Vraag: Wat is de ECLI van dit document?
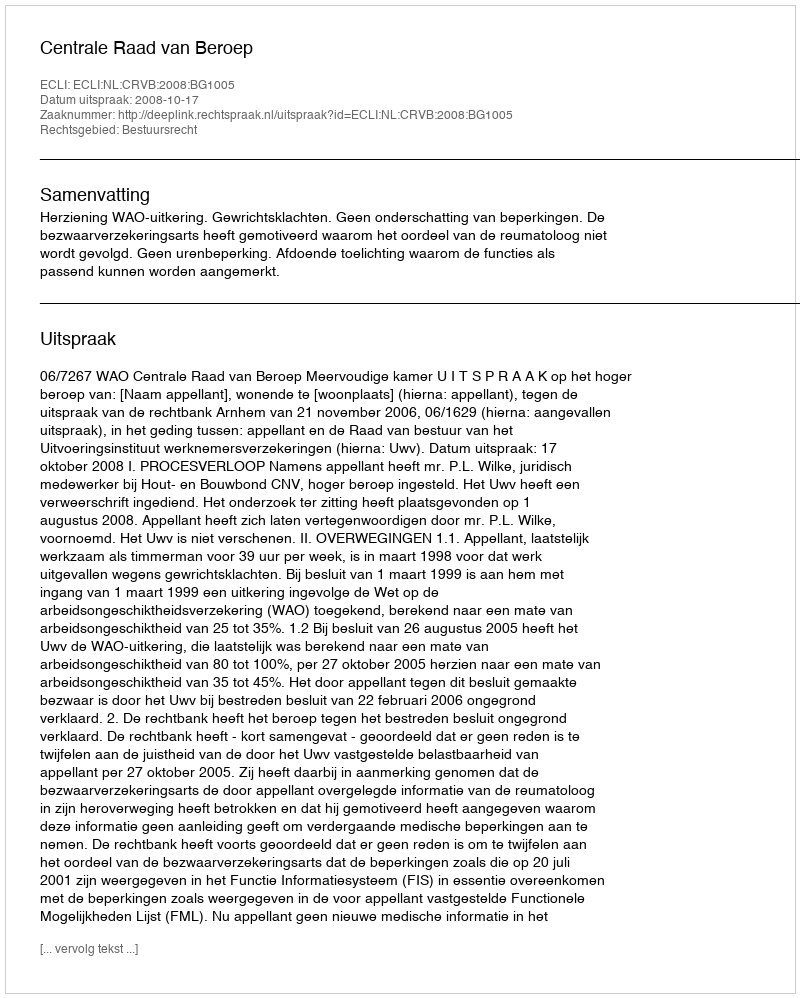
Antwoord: ECLI:NL:CRVB:2008:BG1005